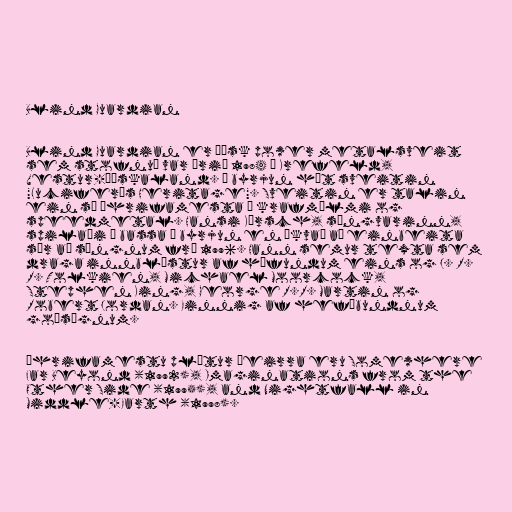
Blind Guardian

Blind Guardian er þýsk power metalsveit
sem stofnuð var árið 1984 í Krefeld,
Vestur-Þýskaland. Í byrjun hét sveitin
"Lucifer's Heritage". Sveitin er talin
ein sú áhrifamesta í krafmálmi og
speedmetal. Hansi Kürsch, söngvarinn,
spilaði á bassa í byrjun en ákvað að einbeita
sér að söngnum frá 1996. Hann semur texta sem
draga innblástur af höfundum eins og J. R.
R. Tolkien, Michael Moorcock,
Stephen King, George R.R. Martin og
Robert Jordan. Einnig af hefðbundnum
goðsögnum.

Áhrifamestu plötur þeirra eru Somewhere
Far Beyond (1992), Imaginations from the
Other Side (1995), and Nightfall in
Middle-Earth (1998).